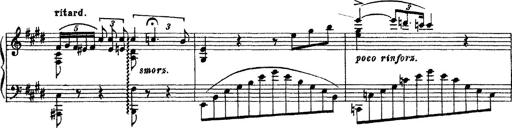
Title: 3 sonetti di Petrarca
Composer: Franz Liszt